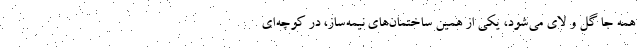
همه جا گل و لای می‌شود، یکی از همین ساختمان‌های نیمه‌ساز، در کوچه‌ای